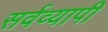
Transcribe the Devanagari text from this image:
सर्वव्‍यापी